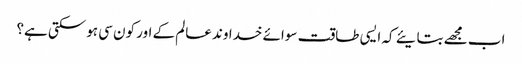
اب مجھے بتایئے کہ ایسی طاقت سوائے خداوند عالم کے اور کون سی ہوسکتی ہے؟